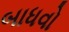
બાધવો